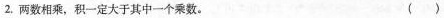
⒉. 两数相乘，积一定大于其中一个乘数。（ ）